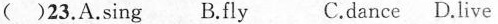
( )23. A.sing B.fly C.dance D.live